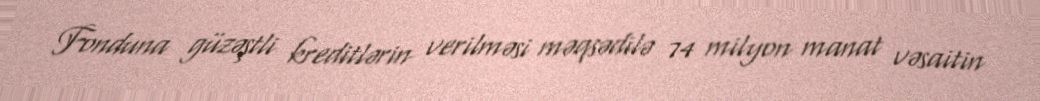
Fonduna güzəştli kreditlərin verilməsi məqsədilə 74 milyon manat vəsaitin